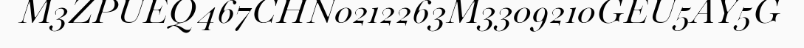
M3ZPUEQ467CHN0212263M3309210GEU5AY5G